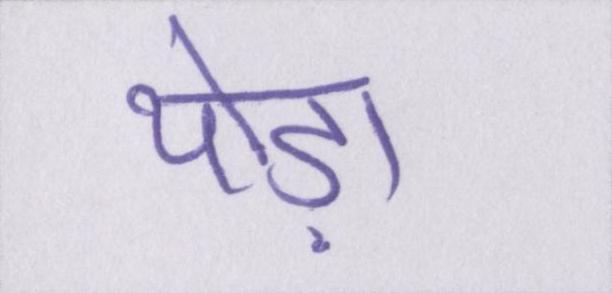
थोड़ा